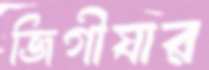
জিগীষার